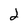
Character: 2